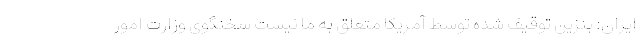
ایران: بنزین توقیف شده توسط آمریکا متعلق به ما نیست سخنگوی وزارت امور